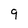
Character: 9